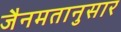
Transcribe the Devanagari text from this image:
जैनमतानुसार